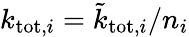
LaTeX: k_{\mathrm{tot},i}=\tilde{k}_{\mathrm{tot},i}/n_{i}